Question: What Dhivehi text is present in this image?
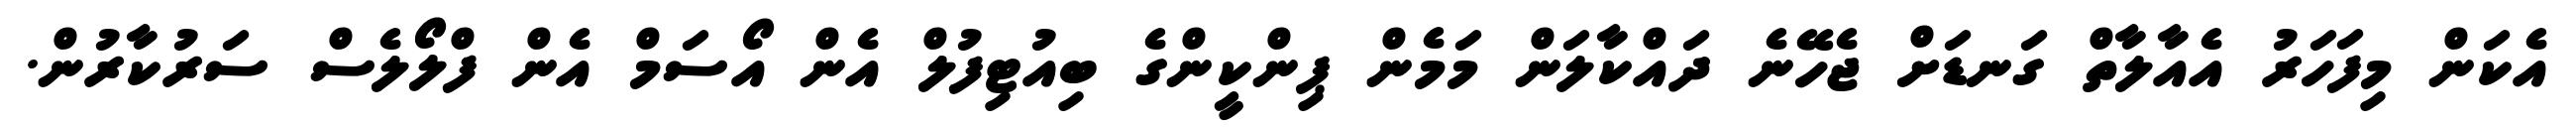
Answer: އެކަން މިފަހަރު އެއާލާތް ގަނޑަށް ޖެހޭނެ ދައްކާލަން މަމެން ޕިންކީންގެ ބިއުޓިފުލް އެން އޯސަމް އެން ފްލޯލެސް ސަރުކާރުން.